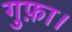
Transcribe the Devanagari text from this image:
गुफ़ा।